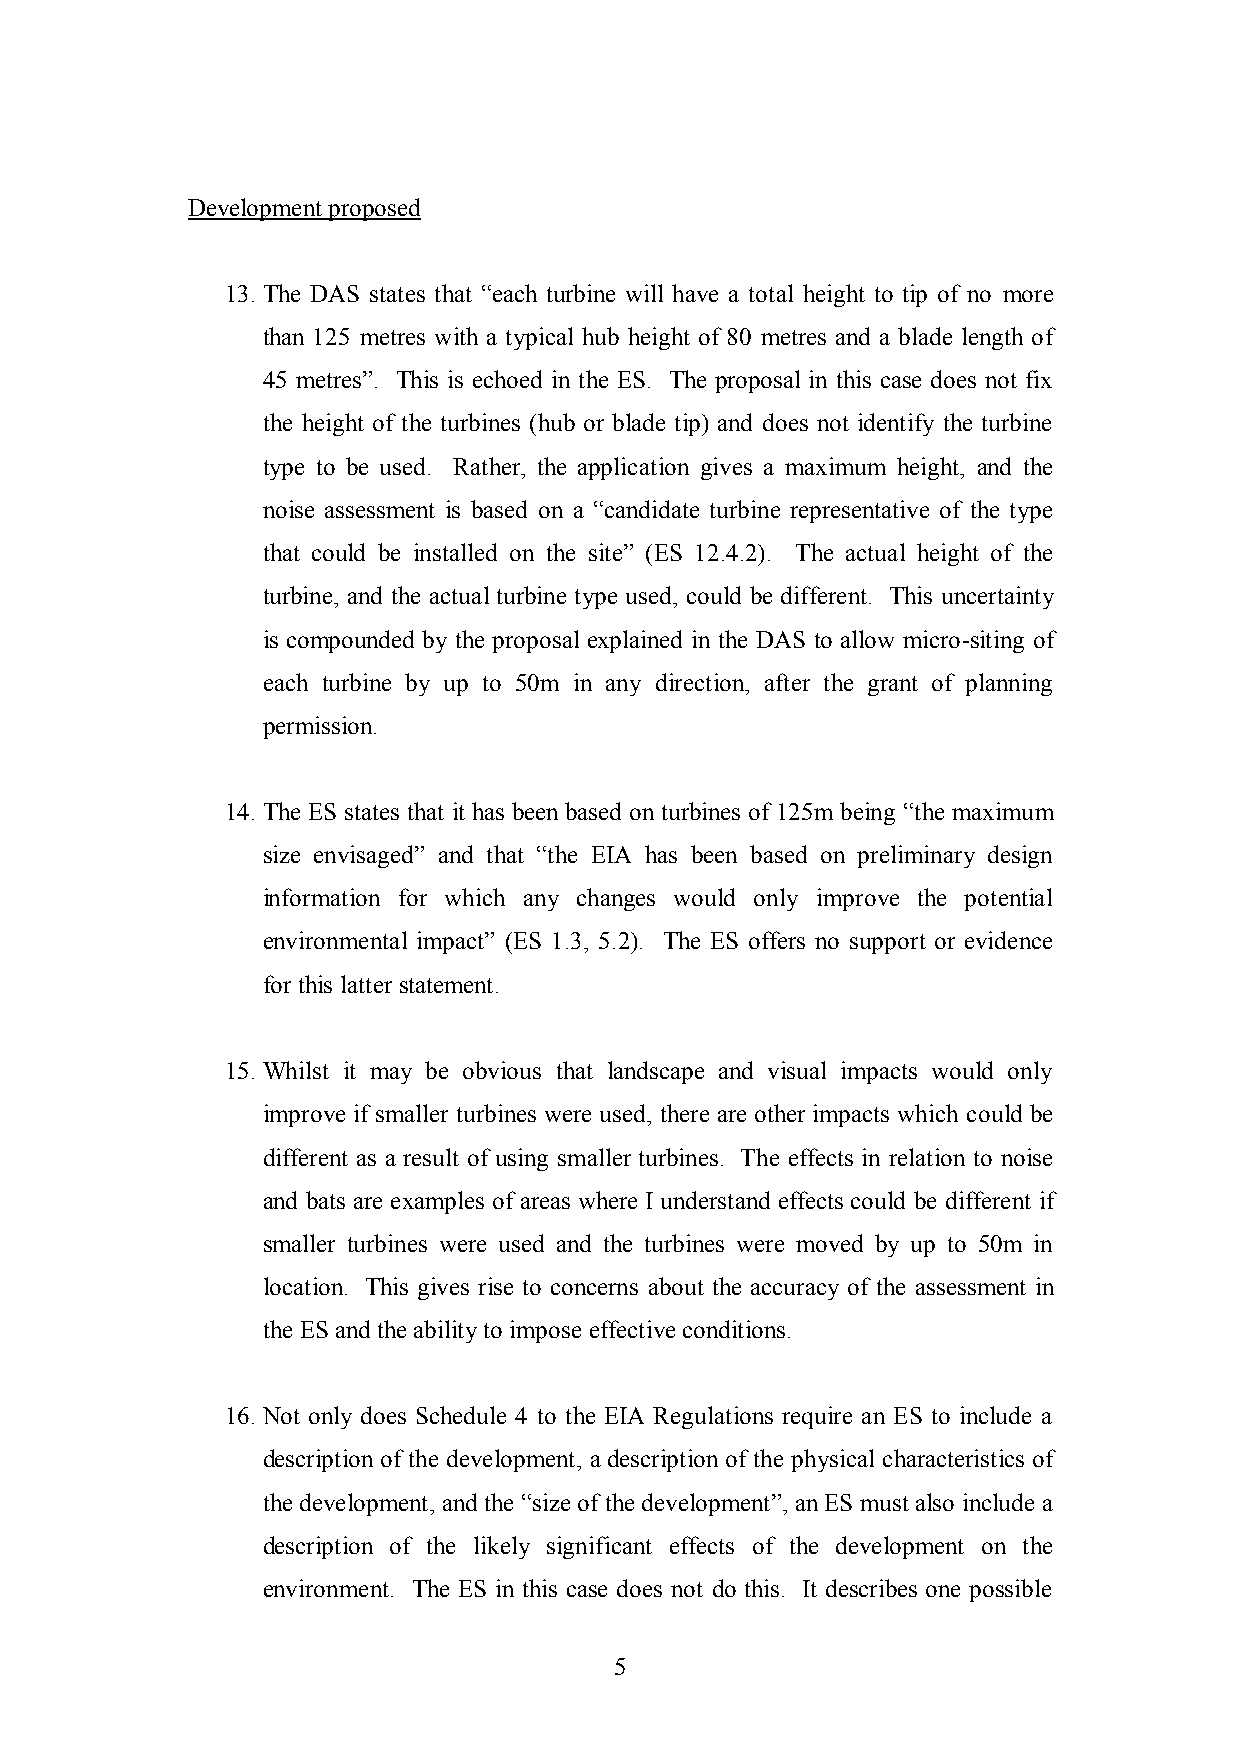
Development proposed
 13. The DAS states that “each turbine will have a total height to tip of no more
 than 125 metres with a typical hub height of 80 metres and a blade length of
 45 metres”. This is echoed in the ES. The proposal in this case does not fix
 the height of the turbines (hub or blade tip) and does not identify the turbine
 type to be used. Rather, the application gives a maximum height, and the
 noise assessment is based on a “candidate turbine representative of the type
 that could be installed on the site” (ES 12.4.2). The actual height of the
 turbine, and the actual turbine type used, could be different. This uncertainty
 is compounded by the proposal explained in the DAS to allow micro-siting of
 each turbine by up to 50m in any direction, after the grant of planning
 permission.
 14. The ES states that it has been based on turbines of 125m being “the maximum
 size envisaged” and that “the EIA has been based on preliminary design
 information for which any changes would only improve the potential
 environmental impact” (ES 1.3, 5.2). The ES offers no support or evidence
 for this latter statement.
 15. Whilst it may be obvious that landscape and visual impacts would only
 improve if smaller turbines were used, there are other impacts which could be
 different as a result of using smaller turbines. The effects in relation to noise
 and bats are examples of areas where I understand effects could be different if
 smaller turbines were used and the turbines were moved by up to 50m in
 location. This gives rise to concerns about the accuracy of the assessment in
 the ES and the ability to impose effective conditions.
 16. Not only does Schedule 4 to the EIA Regulations require an ES to include a
 description of the development, a description of the physical characteristics of
 the development, and the “size of the development”, an ES must also include a
 description of the likely significant effects of the development on the
 environment. The ES in this case does not do this. It describes one possible
 5